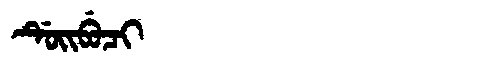
Manchu: ᡩᡠᡳᠪᡠᠴᡳ
Romanization: DUIBUCI